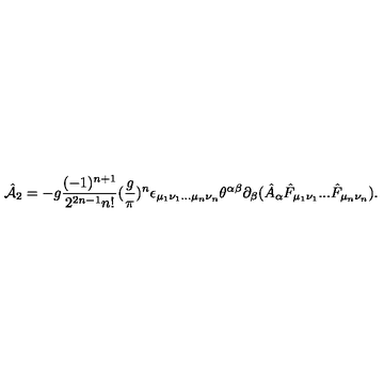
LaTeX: \hat { \cal A } _ { 2 } = - g { \frac { ( - 1 ) ^ { n + 1 } } { 2 ^ { 2 n - 1 } n ! } } ( { \frac { g } { \pi } } ) ^ { n } \epsilon _ { \mu _ { 1 } \nu _ { 1 } . . . \mu _ { n } \nu _ { n } } \theta ^ { \alpha \beta } \partial _ { \beta } ( \hat { A } _ { \alpha } \hat { F } _ { \mu _ { 1 } \nu _ { 1 } } . . . \hat { F } _ { \mu _ { n } \nu _ { n } } ) .